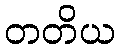
တတိယ